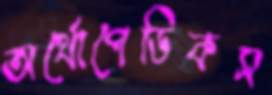
অর্থোপেডিকস